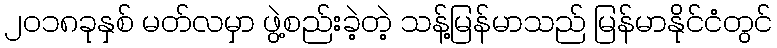
၂၀၁၈ခုနှစ် မတ်လမှာ ဖွဲ့စည်းခဲ့တဲ့ သန့်မြန်မာသည် မြန်မာနိုင်ငံတွင်